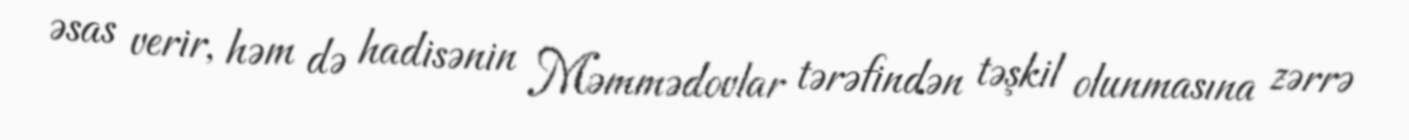
əsas verir, həm də hadisənin Məmmədovlar tərəfindən təşkil olunmasına zərrə